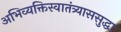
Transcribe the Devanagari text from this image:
अभिव्यक्तिस्वातंत्र्याससुद्धा